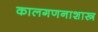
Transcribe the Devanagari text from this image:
कालगणनाशास्त्र